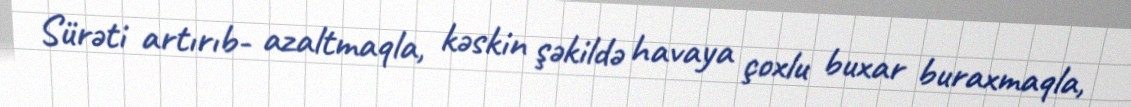
Sürəti artırıb- azaltmaqla, kəskin şəkildə havaya çoxlu buxar buraxmaqla,